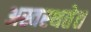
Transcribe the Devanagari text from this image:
अस्वस्थतेत